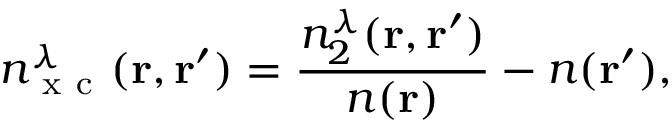
n _ { \mathrm { ~ x ~ c ~ } } ^ { \lambda } ( \ensuremath { \mathbf { r } } , \ensuremath { \mathbf { r } } ^ { \prime } ) = \frac { n _ { 2 } ^ { \lambda } ( \ensuremath { \mathbf { r } } , \ensuremath { \mathbf { r } } ^ { \prime } ) } { n ( \ensuremath { \mathbf { r } } ) } - n ( \ensuremath { \mathbf { r } } ^ { \prime } ) ,